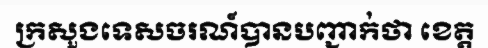
ក្រសួងទេសចរណ៍បានបញ្ជាក់ថា ខេត្ត